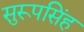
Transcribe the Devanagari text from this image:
सुरूपसिंह